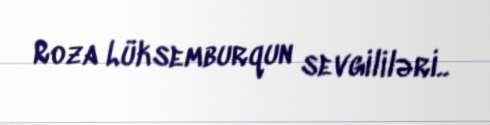
Roza Lüksemburqun sevgililəri..